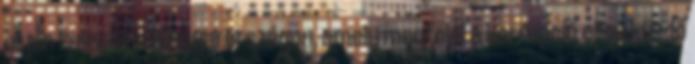
olyan település Magyarországon, amely megfelel a korrupció ellen küzdő